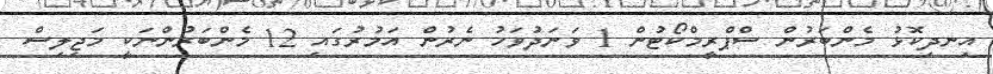
އިނދިކޮޅު މެންބަރުން ސްޕްރީމްކޯޓުން 1 ވަނަދުވަހު ނެރުން އަމުރުގައި 12 މެންބަރުންނަކީ މަޖިލިސް